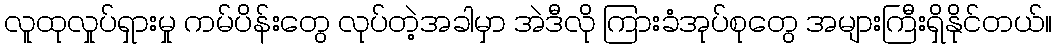
လူထုလှုပ်ရှားမှု ကမ်ပိန်းတွေ လုပ်တဲ့အခါမှာ အဲဒီလို ကြားခံအုပ်စုတွေ အများကြီးရှိနိုင်တယ်။